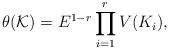
LaTeX: \begin{align*}\theta (\mathcal{K}) = E^{1-r} \prod_{i=1}^{r}V(K_i),\end{align*}